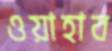
ওয়াহাব